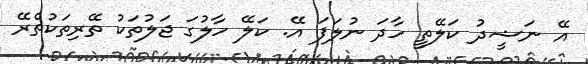
އޭ ނަޝީދު ކަލޭތީ ހާދަ ނުލަފަ އޭ. ކަލޭ ހާލުގަ ޖަލުތަކު ތޭރިތަކުތެރޭ